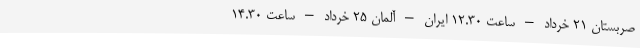
صربستان ۲۱ خرداد – ساعت ۱۲.۳۰ ایران – آلمان ۲۵ خرداد – ساعت ۱۴.۳۰